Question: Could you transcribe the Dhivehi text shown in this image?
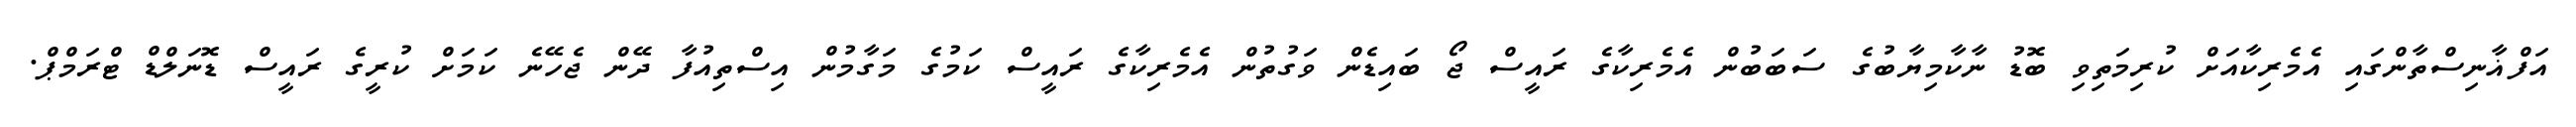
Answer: އަފްޣާނިސްތާންގައި އެމެރިކާއަށް ކުރިމަތިވި ބޮޑު ނާކާމިޔާބުގެ ސަބަބުން އެމެރިކާގެ ރައީސް ޖޯ ބައިޑެން ވަގުތުން އެމެރިކާގެ ރައީސް ކަމުގެ މަގާމުން އިސްތިއުފާ ދޭން ޖެހޭނެ ކަމަށް ކުރީގެ ރައީސް ޑޮނަލްޑް ޓްރަމްޕް.